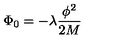
\Phi _ { 0 } = - \lambda \frac { \phi ^ { 2 } } { 2 M }